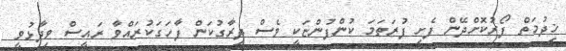
ޚިދުމަތް ފޯރުކޮށްދޭން ފެށި ފުރަތަމަ ކުންފުންޏަކީ ވެސް ދިރާގުކަން ފާހަގަކުރައްވާ ރައީސް ވިދާޅުވީ